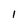
Character: I